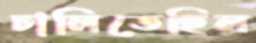
ঢালিতেছিল